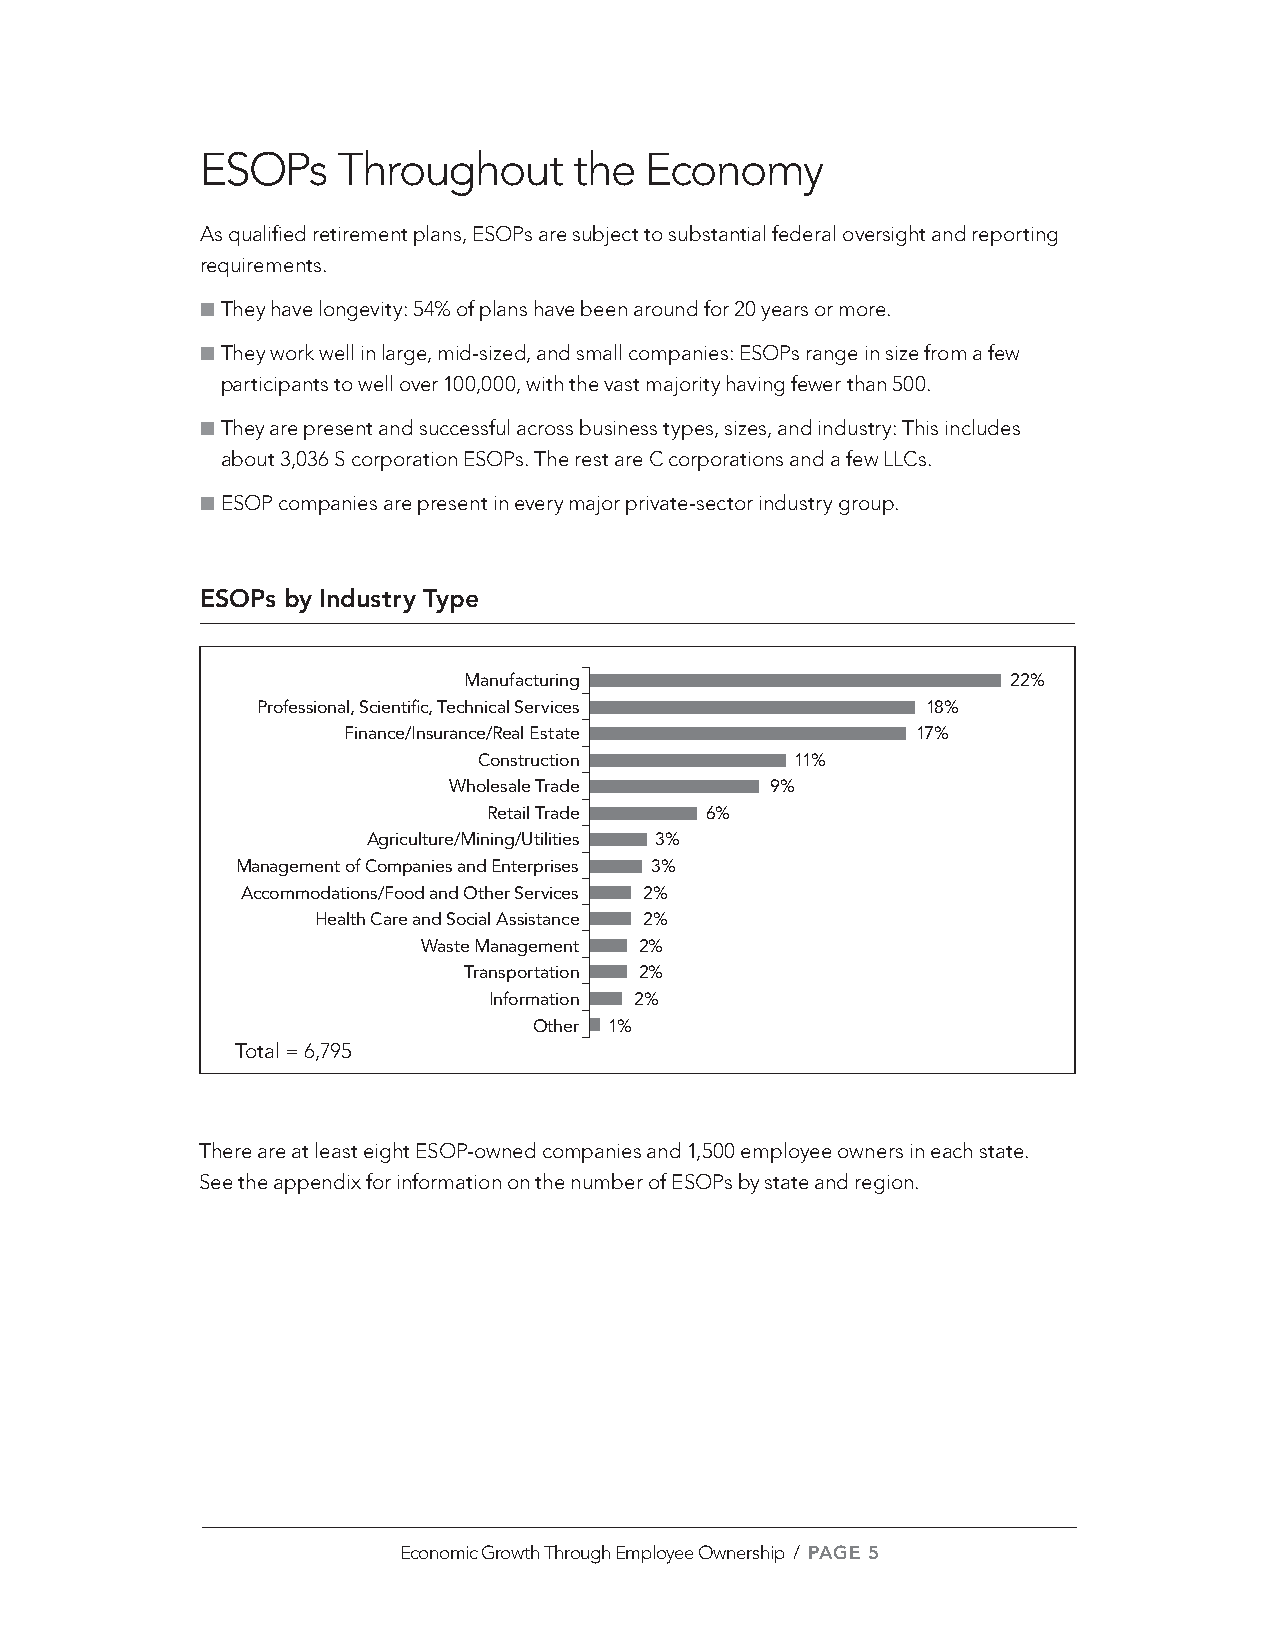
ESOPs    Throughout      the  Economy
 As qualified retirement plans, ESOPs are subject to substantial federal oversight and reporting
 requirements.
 ■●They have longevity: 54% of plans have been around for 20 years or more.
 ■●They work well in large, mid-sized, and small companies: ESOPs range in size from a few
 participants to well over 100,000, with the vast majority having fewer than 500.
 ■●They are present and successful across business types, sizes, and industry: This includes
 about 3,036 S corporation ESOPs. The rest are C corporations and a few LLCs.
 ■●ESOP companies are present in every major private-sector industry group.
 ESOPs by Industry Type
 Manufacturing                       22%
 Professional, Scientific, Technical Services 18%
 Finance/Insurance/Real Estate         17%
 Construction         11%
 Wholesale Trade      9%
 Retail Trade   6%
 Agriculture/Mining/Utilities 3%
 Management of Companies and Enterprises 3%
 Accommodations/Food and Other Services 2%
 Health Care and Social Assistance 2%
 Waste Management 2%
 Transportation 2%
 Information 2%
 Other 1%
 Total = 6,795
 There are at least eight ESOP-owned companies and 1,500 employee owners in each state.
 See the appendix for information on the number of ESOPs by state and region.
 Economic Growth Through Employee Ownership / PAGE 5